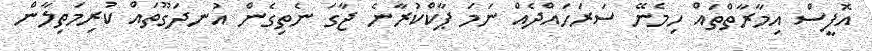
އޮފީސް އިމާރާތްތައް ހިމެނޭ ސަރަހައްދެއް ނަމަ ޕާކްކުރާނެ ޖާގަ ނެތިގެން އުނދަގޫތައް ކުރިމަތިލާން